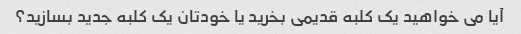
آیا می خواهید یک کلبه قدیمی بخرید یا خودتان یک کلبه جدید بسازید؟